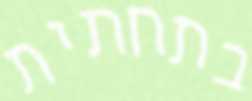
בתחתית